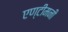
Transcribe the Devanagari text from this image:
एण्टीमनी